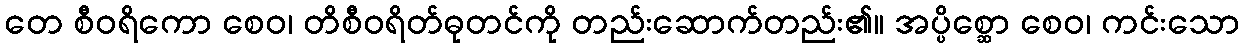
တေ စီဝရိကော စေဝ၊ တိစီဝရိတ်ဓုတင်ကို တည်းဆောက်တည်း၏။ အပ္ပိစ္ဆော စေဝ၊ ကင်းသော